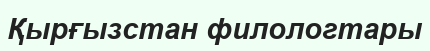
Қырғызстан филологтары